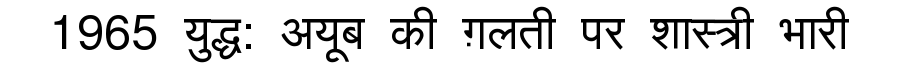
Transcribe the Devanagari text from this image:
1965 युद्ध: अयूब की ग़लती पर शास्त्री भारी